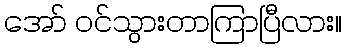
အော် ဝင်သွားတာကြာပြီလား။